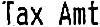
TAX AMT